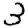
Digit: 3